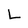
Character: L